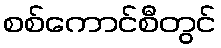
စစ်ကောင်စီတွင်